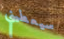
سيعطيني